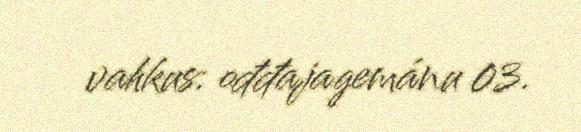
vahkus: ođđajagemánu 03.